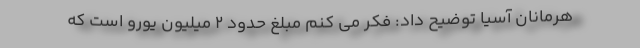
هرمانان آسیا توضیح داد: فکر می کنم مبلغ حدود ۲ میلیون یورو است که